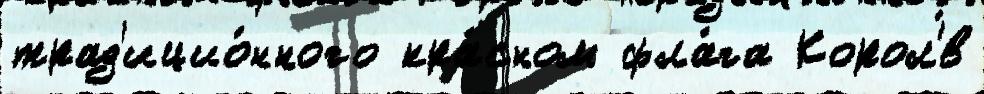
трад'ицио́нного кра́сном фла́га Корол'́в